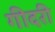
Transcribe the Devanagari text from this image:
गीदरी